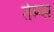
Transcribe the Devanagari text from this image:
तेम्प्स